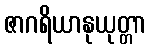
ဇာဂရိယာနုယုတ္တာ